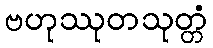
ဗဟုဿုတသုတ္တံ